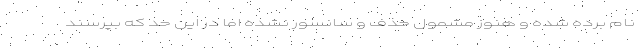
نام برده شده و هنوز مشمول حذف و سانسور نشده اما در این حد که بپرسند